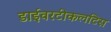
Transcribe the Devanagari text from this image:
डाईवरटीकलटिस